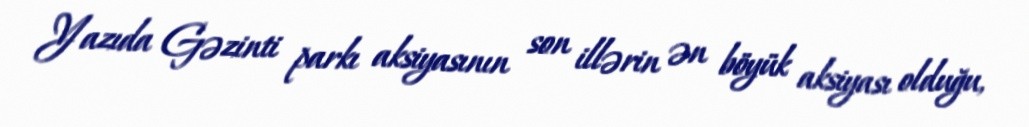
Yazıda Gəzinti parkı aksiyasının son illərin ən böyük aksiyası olduğu,